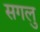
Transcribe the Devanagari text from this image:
सगलु